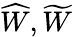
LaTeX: \widehat W,\widetilde W